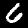
Digit: 6